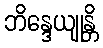
ဘိန္ဒေယျုန္တိ